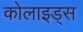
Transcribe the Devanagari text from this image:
कोलाइड्स